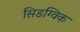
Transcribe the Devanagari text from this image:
सिडग्विक